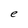
Character: e